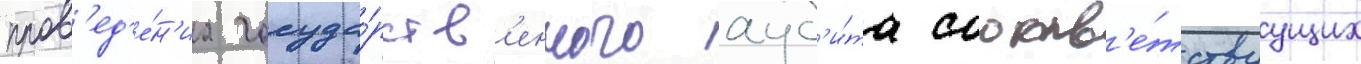
пров'ед'е́н'иа госуда́рств'енного ауд'и́та соотв'е́тствуущих